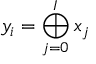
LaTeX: y _ { i } = \bigoplus _ { j = 0 } ^ { I } x _ { j }